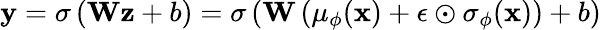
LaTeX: \mathbf{y}=\sigma\left(\mathbf{W}\mathbf{z}+b\right)=\sigma\left(\mathbf{W}\left(\mu_{\phi}(\mathbf{x})+\epsilon\odot\sigma_{\phi}(\mathbf{x})\right)+b\right)